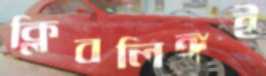
ক্লিবলিঙ্গই